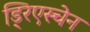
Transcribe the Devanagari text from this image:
ड्रिएस्चेन